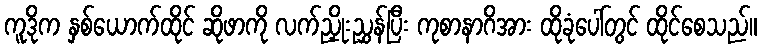
ကူဒိုက နှစ်ယောက်ထိုင် ဆိုဖာကို လက်ညှိုးညွှန်ပြီး ကုစာနာဂိအား ထိုခုံပေါ်တွင် ထိုင်စေသည်။